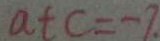
a t c = - 7 .